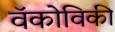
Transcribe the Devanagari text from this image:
वॅकोविकी